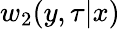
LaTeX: w_{2}(y,\tau|x)